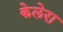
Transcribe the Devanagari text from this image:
केलेरा